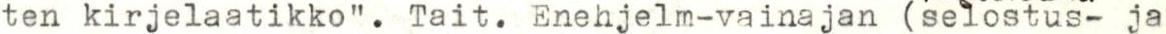
ten kirjelaatikko". Tait. Enehjelm-vainajan (selostus- ja